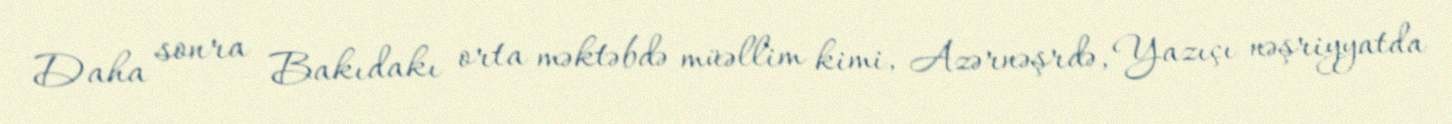
Daha sonra Bakıdakı orta məktəbdə müəllim kimi, Azərnəşrdə, Yazıçı nəşriyyatda